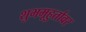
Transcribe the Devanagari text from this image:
शुभमूहुर्तावर